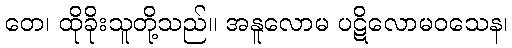
တေ၊ ထိုခိုးသူတို့သည်။ အနူလောမ ပဋိလောမဝသေန၊